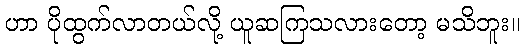
ဟာ ပိုထွက်လာတယ်လို့ ယူဆကြသလားတော့ မသိဘူး။